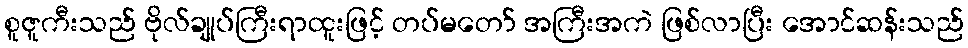
စူဇူကီးသည် ဗိုလ်ချုပ်ကြီးရာထူးဖြင့် တပ်မတော် အကြီးအကဲ ဖြစ်လာပြီး အောင်ဆန်းသည်